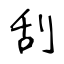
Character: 刮